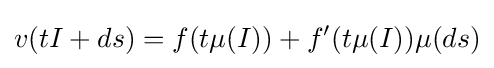
v(tI+ds)=f(t\mu (I))+f'(t\mu (I))\mu (ds)